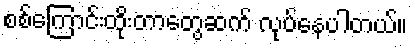
စစ်ကြောင်းထိုးတာတွေဆက် လုပ်နေပါတယ်။